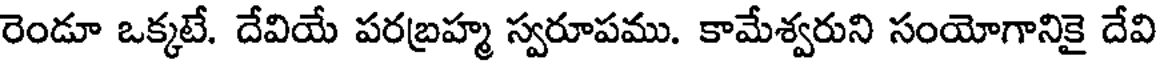
రెండూ ఒక్కటే. దేవియే పరబ్రహ్మ స్వరూపము. కామేశ్వరుని సంయోగానికై దేవి